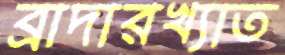
ব্রাদারখ্যাত